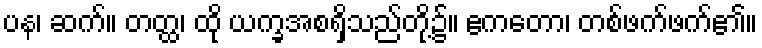
ပန၊ ဆက်။ တတ္ထ၊ ထို ယက္ခအစရှိသည်တို့၌။ ဧကတော၊ တစ်ဖက်ဖက်၏။